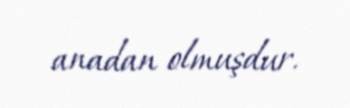
anadan olmuşdur.